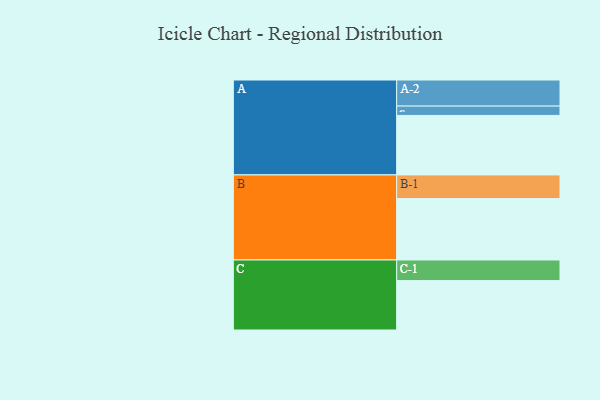
{"axis": {"x": "Segment", "y": "Value"}, "legend": ["", "A", "B", "C"], "data": [{"x": "A", "y": 447, "type": ""}, {"x": "B", "y": 461, "type": ""}, {"x": "C", "y": 371, "type": ""}, {"x": "A-1", "y": 70, "type": "A"}, {"x": "A-2", "y": 196, "type": "A"}, {"x": "B-1", "y": 178, "type": "B"}, {"x": "C-1", "y": 155, "type": "C"}]}